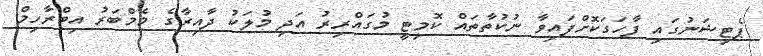
ޕެޓިޝަނުގައި ފާހަގަކޮށްފައިވާ ނުކުތާތައް ކޮމިޓީ މުގައްރިރު އަދި މުލަކު ދާއިރާގެ މެމްބަރު އިބްރާހިމް